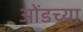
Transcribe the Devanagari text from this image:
ओंडच्या